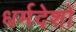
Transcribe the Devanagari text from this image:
धर्मदेशों